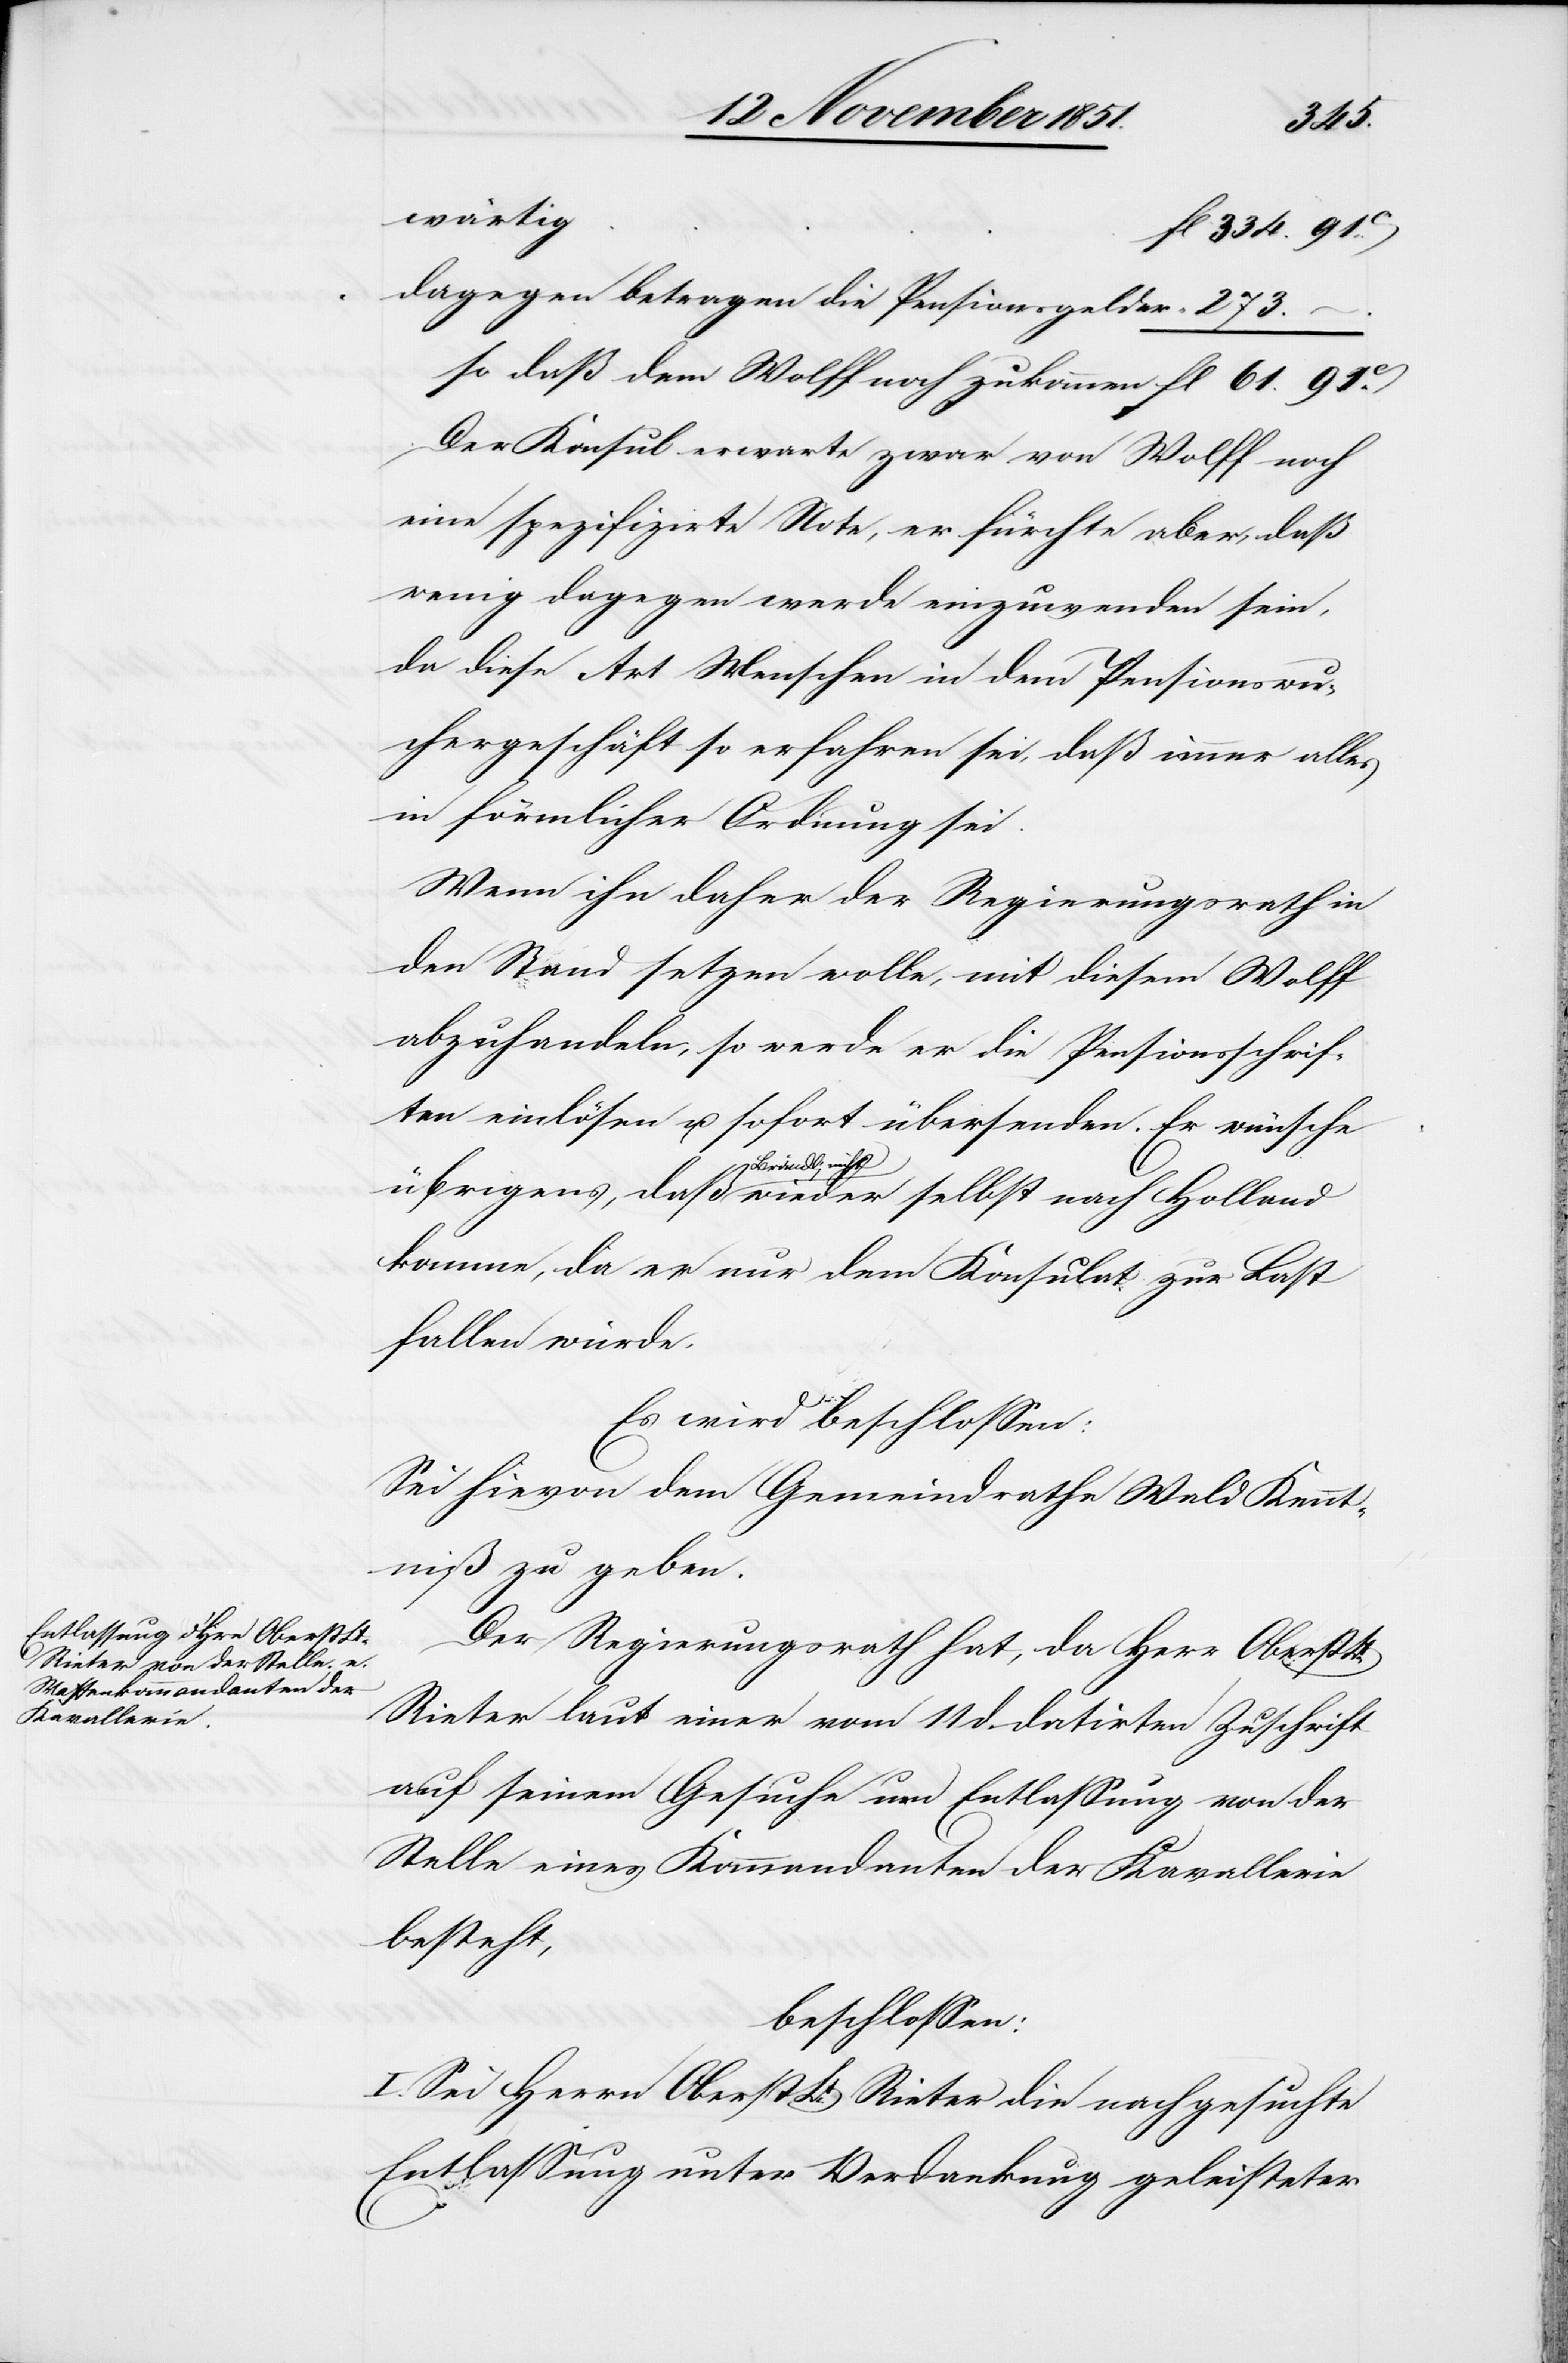
273.
wärtig
dagegen betragen die Pensionsgelder
so daß dem Wolff noch zukommen
Der Konsul erwarte zwar von Wolff noch
eine spezifizirte Note, er fürchte aber, daß
wenig dagegen werde einzuwenden sein,
da diese Art Menschen in dem Pensionswu¬
chergeschäft so erfahren sei, daß immer alles
in förmlicher Ordnung sei.
Wenn ihn daher der Regierungsrath in
den Stand setzen wolle, mit diesem Wolff
abzuhandeln, so werde er die Pensionsschrif¬
ten einlösen u. sofort übersenden. Er wünsche
wieder selbst nach
komme, da er nur dem Konsulat zur Last
fallen würde.
Es wird beschlossen:
Sei hievon dem Gemeindrathe Wald Kennt¬
niß zu geben.
Der Regierungsrath hat, da Herr Oberst
Rieter laut einer vom 11 d. datirten Zuschrift
auf seinem Gesuche um Entlassung von der
Stelle eines Kommandanten der Kavallerie
besteht,
beschlossen:
I. Sei Herrn Oberst Lt. Rieter die nachgesuchte
Entlassung unter Verdankung geleisteter